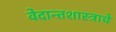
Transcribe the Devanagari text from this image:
वेदान्तशास्त्राचे